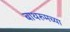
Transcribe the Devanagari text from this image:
बाथरुमच्‍या